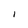
Character: I